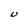
Character: U